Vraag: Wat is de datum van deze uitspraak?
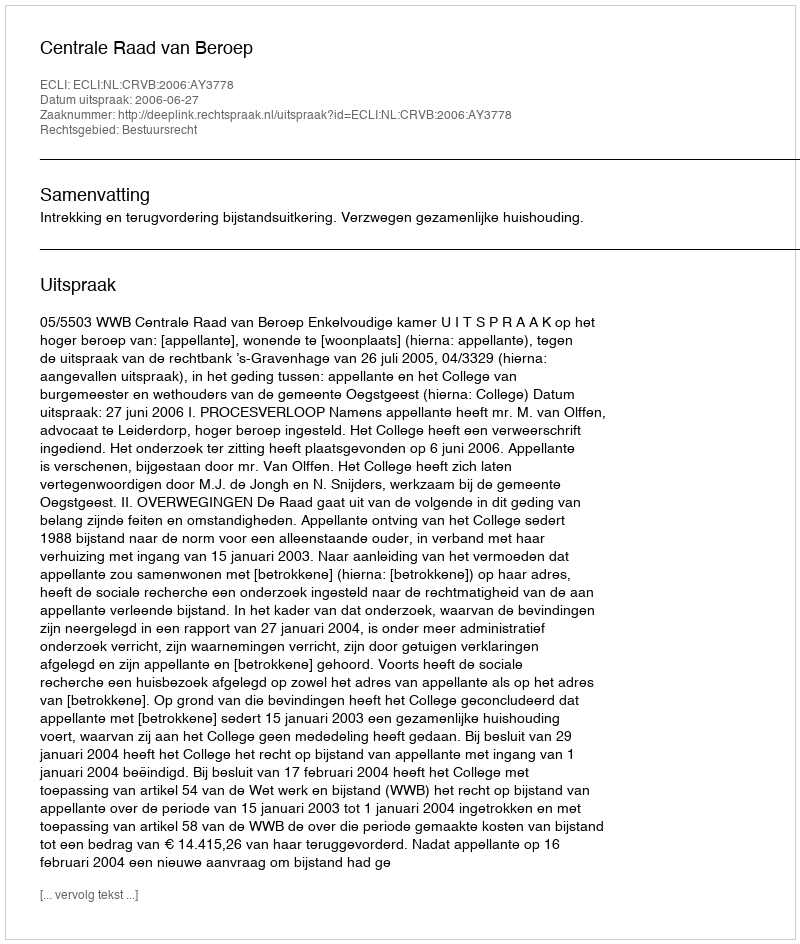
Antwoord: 2006-06-27